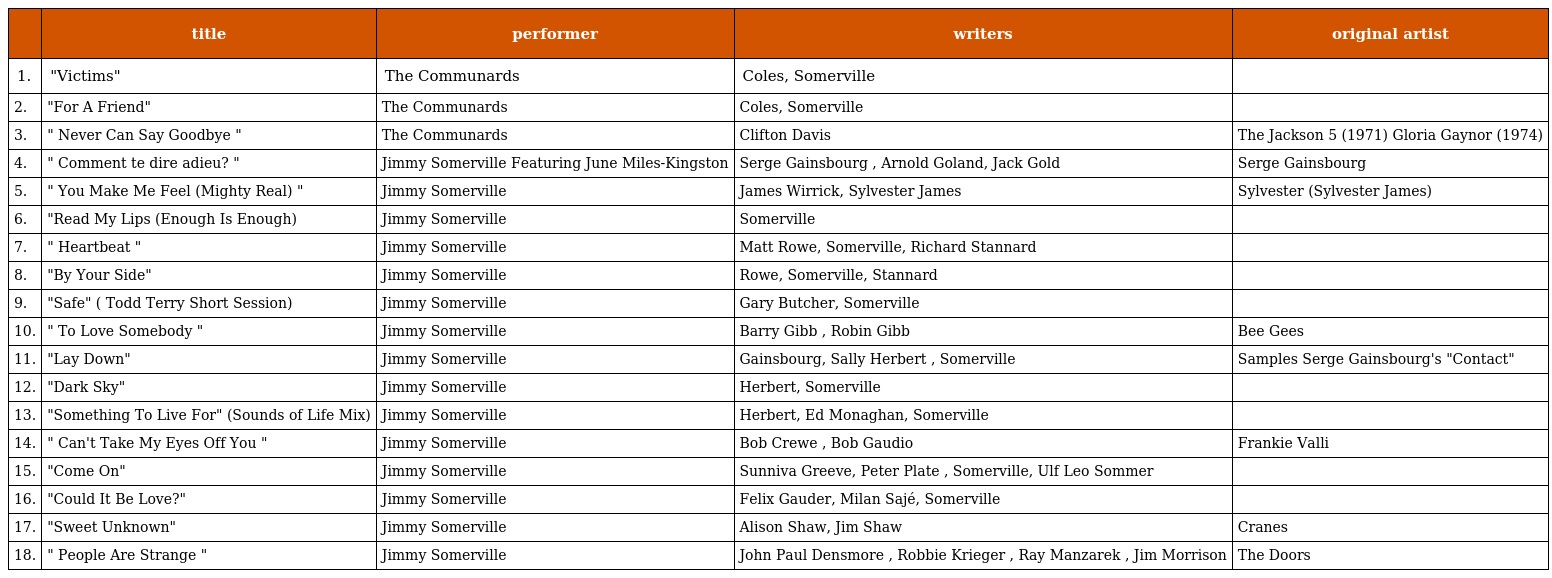
|  | title | performer | writers | original artist |
 | --- | --- | --- | --- | --- |
 | 1. | "Victims" | The Communards | Coles, Somerville |  |
 | 2. | "For A Friend" | The Communards | Coles, Somerville |  |
 | 3. | " Never Can Say Goodbye " | The Communards | Clifton Davis | The Jackson 5 (1971) Gloria Gaynor (1974) |
 | 4. | " Comment te dire adieu? " | Jimmy Somerville Featuring June Miles-Kingston | Serge Gainsbourg , Arnold Goland, Jack Gold | Serge Gainsbourg |
 | 5. | " You Make Me Feel (Mighty Real) " | Jimmy Somerville | James Wirrick, Sylvester James | Sylvester (Sylvester James) |
 | 6. | "Read My Lips (Enough Is Enough) | Jimmy Somerville | Somerville |  |
 | 7. | " Heartbeat " | Jimmy Somerville | Matt Rowe, Somerville, Richard Stannard |  |
 | 8. | "By Your Side" | Jimmy Somerville | Rowe, Somerville, Stannard |  |
 | 9. | "Safe" ( Todd Terry Short Session) | Jimmy Somerville | Gary Butcher, Somerville |  |
 | 10. | " To Love Somebody " | Jimmy Somerville | Barry Gibb , Robin Gibb | Bee Gees |
 | 11. | "Lay Down" | Jimmy Somerville | Gainsbourg, Sally Herbert , Somerville | Samples Serge Gainsbourg's "Contact" |
 | 12. | "Dark Sky" | Jimmy Somerville | Herbert, Somerville |  |
 | 13. | "Something To Live For" (Sounds of Life Mix) | Jimmy Somerville | Herbert, Ed Monaghan, Somerville |  |
 | 14. | " Can't Take My Eyes Off You " | Jimmy Somerville | Bob Crewe , Bob Gaudio | Frankie Valli |
 | 15. | "Come On" | Jimmy Somerville | Sunniva Greeve, Peter Plate , Somerville, Ulf Leo Sommer |  |
 | 16. | "Could It Be Love?" | Jimmy Somerville | Felix Gauder, Milan Sajé, Somerville |  |
 | 17. | "Sweet Unknown" | Jimmy Somerville | Alison Shaw, Jim Shaw | Cranes |
 | 18. | " People Are Strange " | Jimmy Somerville | John Paul Densmore , Robbie Krieger , Ray Manzarek , Jim Morrison | The Doors |